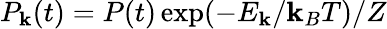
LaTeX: P_{\mathbf{k}}(t)=P(t)\exp(-E_{\mathbf{k}}/\mathbf{k}_{B}T)/Z